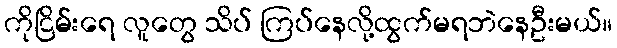
ကိုငြိမ်းရေ လူတွေ သိပ် ကြပ်နေလို့ထွက်မရဘဲနေဦးမယ်။